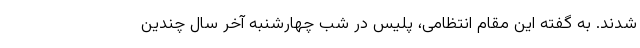
شدند. به گفته این مقام انتظامی، پلیس در شب چهارشنبه آخر سال چندین